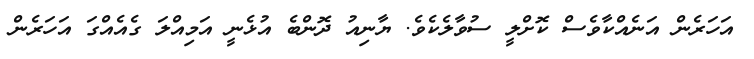
އަހަރެން އަނެއްކާވެސް ކޮށްލީ ސުވާލެކެވެ. ޔާނިއު ދޮންބެ އުޅެނީ އަމިއްލަ ގެއެއްގަ އަހަރެން